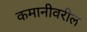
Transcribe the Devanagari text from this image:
कमानीवरील